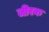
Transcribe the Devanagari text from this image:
जीरक